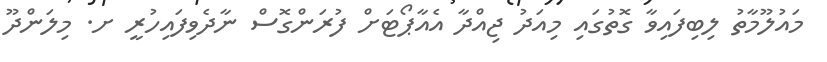
މައުލޫމާތު ލިބިފައިވާ ގޮތުގައި މިއަދު ޖިއްދާ އެއާޕޯޓަށް ފުރަންގޮސް ނާދެވިފައިހުރީ ށ. މިލަންދޫ